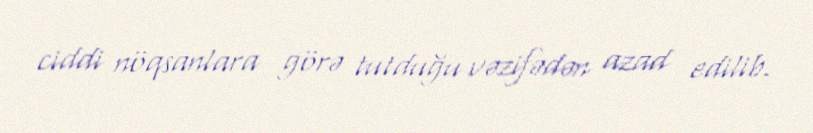
ciddi nöqsanlara görə tutduğu vəzifədən azad edilib.